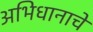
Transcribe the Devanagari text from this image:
अभिधानाचे